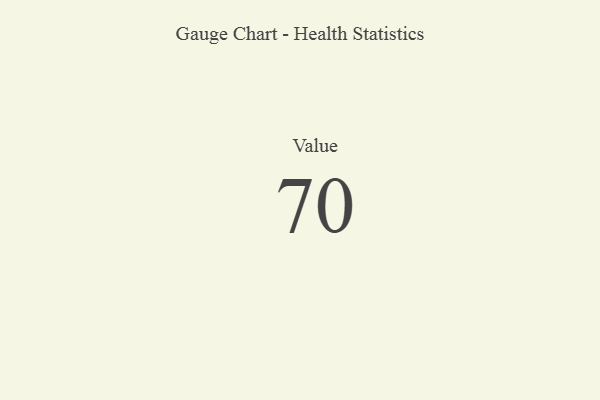
{"axis": {"x": "Metric", "y": "Value"}, "legend": [""], "data": [{"x": "Value", "y": 70, "type": ""}]}